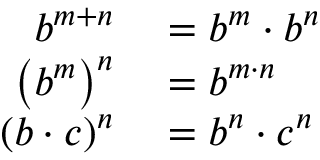
\begin{array} { r l } { b ^ { m + n } } & { { } = b ^ { m } \cdot b ^ { n } } \\ { \left( b ^ { m } \right) ^ { n } } & { { } = b ^ { m \cdot n } } \\ { ( b \cdot c ) ^ { n } } & { { } = b ^ { n } \cdot c ^ { n } } \end{array}